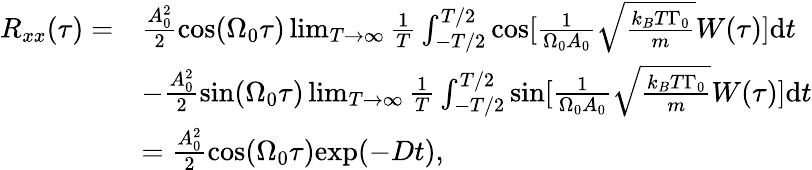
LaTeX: \begin{array}{rl}{R_{xx}(\tau)=}&{\frac{A_{0}^{2}}{2}\mathrm{cos}(\Omega_{0}\tau)\operatorname*{lim}_{T\rightarrow\infty}\frac{1}{T}\int_{-T/2}^{T/2}\mathrm{cos}[\frac{1}{\Omega_{0}A_{0}}\sqrt{\frac{k_{B}T\Gamma_{0}}{m}}W(\tau)]\mathrm{d}t}\\ &{-\frac{A_{0}^{2}}{2}\mathrm{sin}(\Omega_{0}\tau)\operatorname*{lim}_{T\rightarrow\infty}\frac{1}{T}\int_{-T/2}^{T/2}\mathrm{sin}[\frac{1}{\Omega_{0}A_{0}}\sqrt{\frac{k_{B}T\Gamma_{0}}{m}}W(\tau)]\mathrm{d}t}\\ &{=\frac{A_{0}^{2}}{2}\mathrm{cos}(\Omega_{0}\tau)\mathrm{exp}(-Dt)\mathrm{,}}\end{array}